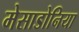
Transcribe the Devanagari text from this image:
मेसाडोनिया